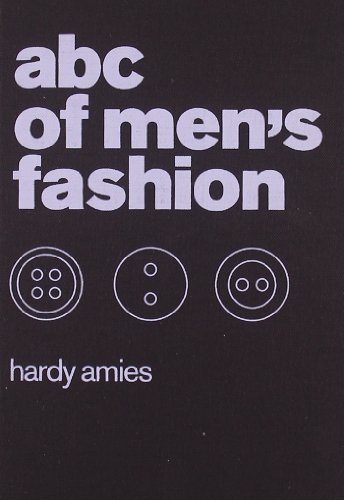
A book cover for ABC of Men's Fashion; Hardy Amies; Health, Fitness & Dieting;